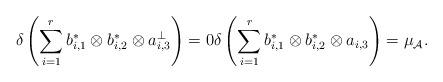
LaTeX: \begin{align*}\delta\left(\sum_{i=1}^r b^*_{i,1}\otimes b^*_{i,2}\otimes a^\perp_{i,3}\right)=0 \delta\left(\sum_{i=1}^r b^*_{i,1}\otimes b^*_{i,2}\otimes a_{i,3}\right)=\mu_\mathcal{A}.\end{align*}